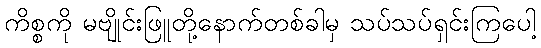
ကိစ္စကို မဗျိုင်းဖြူတို့နောက်တစ်ခါမှ သပ်သပ်ရှင်းကြပေါ့